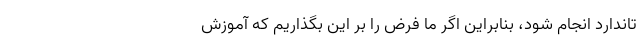
تاندارد انجام شود، بنابراین اگر ما فرض را بر این بگذاریم که آموزش